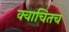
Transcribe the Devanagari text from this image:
क्वाचितच